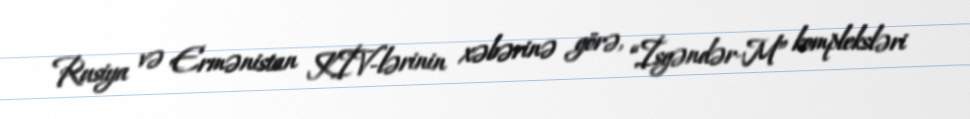
Rusiya və Ermənistan KİV-lərinin xəbərinə görə, “İsgəndər-M” kompleksləri